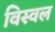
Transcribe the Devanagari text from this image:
विस्वल